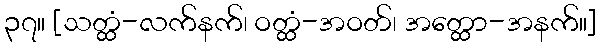
၃၇။ [သတ္ထံ-လက်နက်၊ ဝတ္ထံ-အဝတ်၊ အတ္ထော-အနက်။]